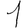
Digit: 1